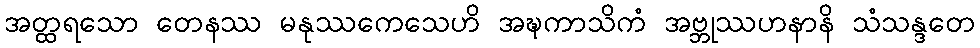
အတ္ထရသော တေနဿ မနုဿကေသေဟိ အဍ္ဎကာသိကံ အဗ္ဘုဿဟနာနိ သံသန္ဒတေ